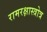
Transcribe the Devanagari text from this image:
रामरक्षास्त्रोत्र